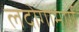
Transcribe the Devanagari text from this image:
लदोगामार्गे